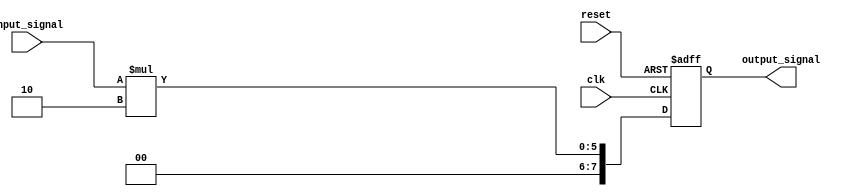
module behavioral_model (
    input wire clk,
    input wire reset,
    input wire [3:0] input_signal,
    output reg [7:0] output_signal
);

    // State variable
    reg [3:0] state;

    // Task to perform operations based on input_signal
    task perform_operation;
        input [3:0] in_signal;
        begin
            // Example operation: multiply input_signal by 2
            output_signal <= in_signal * 2;
            // Update state based on input_signal
            if (in_signal[0]) begin
                state <= 4'b0001; // Example state update
            end else begin
                state <= 4'b0010; // Another state update
            end
        end
    endtask

    // Continuous assignment block
    always @(posedge clk or posedge reset) begin
        if (reset) begin
            output_signal <= 8'b0; // Reset output
            state <= 4'b0000;      // Reset state
        end else begin
            // Call the task to perform operations
            perform_operation(input_signal);
        end
    end

endmodule